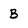
Character: B